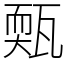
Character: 㼲